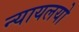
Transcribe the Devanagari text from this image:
न्यायलयो